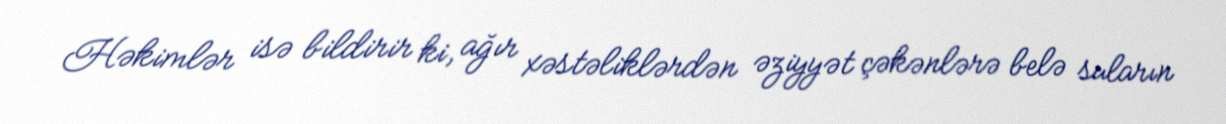
Həkimlər isə bildirir ki, ağır xəstəliklərdən əziyyət çəkənlərə belə suların